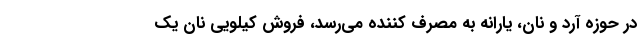
در حوزه آرد و نان، یارانه به مصرف کننده می‌رسد، فروش کیلویی نان یک